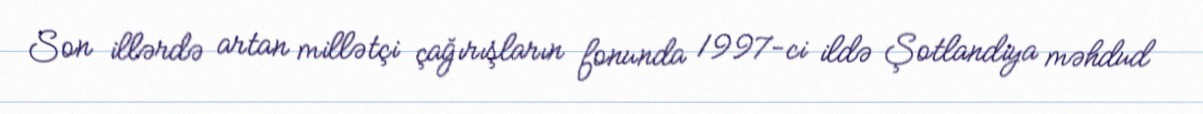
Son illərdə artan millətçi çağırışların fonunda 1997-ci ildə Şotlandiya məhdud